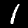
Label: 1